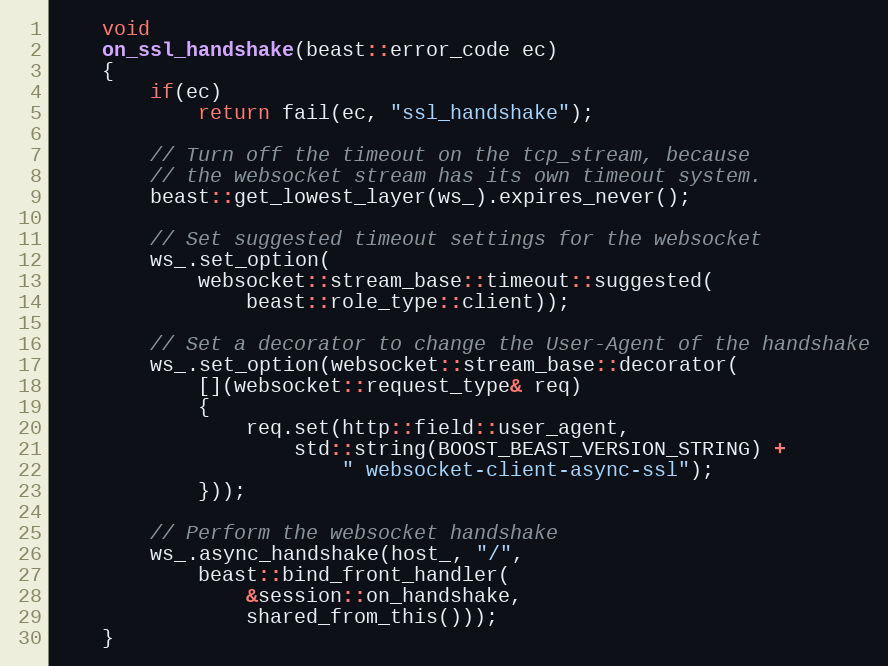
Language: C++
    void
    on_ssl_handshake(beast::error_code ec)
    {
        if(ec)
            return fail(ec, "ssl_handshake");

        // Turn off the timeout on the tcp_stream, because
        // the websocket stream has its own timeout system.
        beast::get_lowest_layer(ws_).expires_never();

        // Set suggested timeout settings for the websocket
        ws_.set_option(
            websocket::stream_base::timeout::suggested(
                beast::role_type::client));

        // Set a decorator to change the User-Agent of the handshake
        ws_.set_option(websocket::stream_base::decorator(
            [](websocket::request_type& req)
            {
                req.set(http::field::user_agent,
                    std::string(BOOST_BEAST_VERSION_STRING) +
                        " websocket-client-async-ssl");
            }));

        // Perform the websocket handshake
        ws_.async_handshake(host_, "/",
            beast::bind_front_handler(
                &session::on_handshake,
                shared_from_this()));
    }